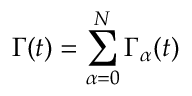
\Gamma ( t ) = \sum _ { \alpha = 0 } ^ { N } \Gamma _ { \alpha } ( t )